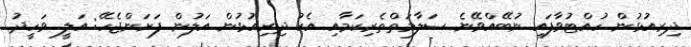
ދިރިއުޅުން ހުއްޓުވާފައި ނުބޭއްވޭނެ ސަލާމަތްތެރިކަމާއި އެކު ދިރިއުޅުން އަލުން ފަށަންޖެހޭ: އަލީ ވަހީދު